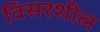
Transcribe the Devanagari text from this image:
विसरशील